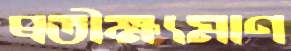
প্রতীক্ষ্যমাণ